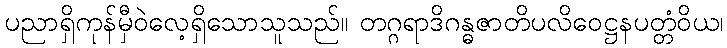
ပညာရှိကုန်မှီဝဲလေ့ရှိသောသူသည်။ တဂ္ဂရာဒိဂန္ဓဇာတိပလိဝေဋ္ဌနပတ္တံဝိယ၊